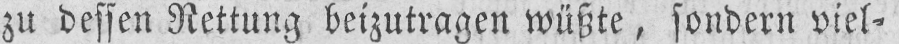
zu dessen Rettung beizutragen wüßte, sondern viel⸗